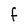
Character: F